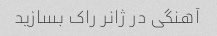
آهنگی در ژانر راک بسازید